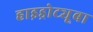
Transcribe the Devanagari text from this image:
हाइड्रोट्यूबा